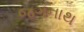
જગનાથ